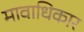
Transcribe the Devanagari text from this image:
मावाधिकार